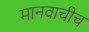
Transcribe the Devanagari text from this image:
मानवाचीच